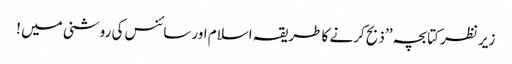
زیر نظر کتابچہ ’’ ذبح کرنے کا طریقہ اسلام اور سائنس کی روشنی میں !